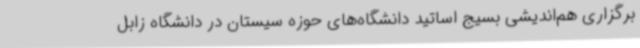
برگزاری هم‌اندیشی بسیج اساتید دانشگاه‌های حوزه سیستان در دانشگاه زابل